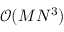
\mathcal { O } ( M N ^ { 3 } )